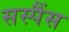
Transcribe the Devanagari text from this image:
सस्पैंस